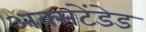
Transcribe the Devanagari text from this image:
अक्सटेंडेड